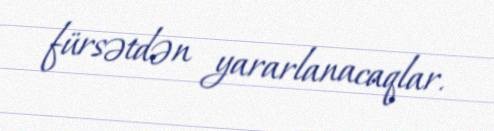
fürsətdən yararlanacaqlar.